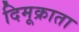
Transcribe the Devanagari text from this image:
दिमूक्राता